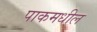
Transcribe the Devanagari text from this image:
पाकमधील